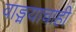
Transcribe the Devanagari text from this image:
वाङ्मयाचाही